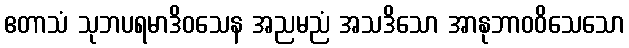
ဧတာသံ သုဘပရမာဒိဝသေန အညမညံ အသဒိသော အာနုဘာဝဝိသေသော